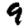
Digit: 9